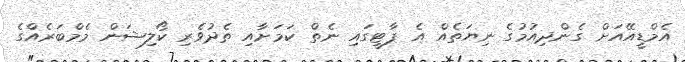
އެމްޑީއޭއަށް ގެންދިއުމުގެ ނިޔަތެއް އެ ޕާޓީގައި ނެތް ކަމަށާއި ތެދުވެރި ކޯލިޝަން މެމްބަރެއްގެ